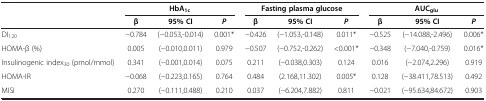
| <ROWSPAN=2>  | <COLSPAN=3> HbA1c | <COLSPAN=3> Fasting plasma glucose | <COLSPAN=3> AUCglu |
 | β | 95% CI | P | β | 95% CI | P | β | 95% CI | P |
 | --- | --- | --- | --- | --- | --- | --- | --- | --- | --- |
 | DI120 | −0.784 | (−0.053,-0.014) | 0.001* | −0.426 | (−1.053,-0.148) | 0.011* | −0.525 | (−14.088,-2.496) | 0.006* |
 | HOMA-β (%) | 0.005 | (−0.010,0.011) | 0.979 | −0.507 | (−0.752,-0.262) | <0.001* | −0.348 | (−7.040,-0.759) | 0.016* |
 | Insulinogenic index30 (pmol/mmol) | 0.341 | (−0.001,0.014) | 0.075 | 0.211 | (−0.038,0.303) | 0.124 | 0.016 | (−2.074,2.296) | 0.919 |
 | HOMA-IR | −0.068 | (−0.223,0.165) | 0.764 | 0.484 | (2.168,11.302) | 0.005* | 0.128 | (−38.411,78.513) | 0.492 |
 | MISI | 0.270 | (−0.111,0.488) | 0.210 | 0.037 | (−6.204,7.882) | 0.811 | −0.021 | (−95.634,84.672) | 0.903 |